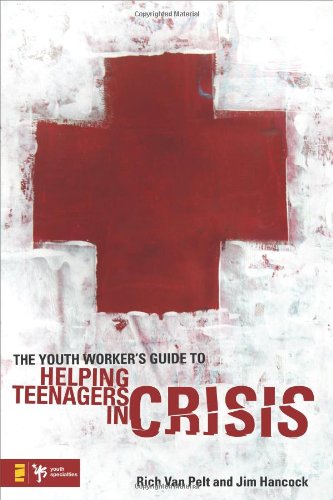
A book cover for The Youth Worker's Guide to Helping Teenagers in Crisis (Youth Specialties); Rich Van Pelt; Christian Books & Bibles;